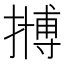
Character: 𱠲